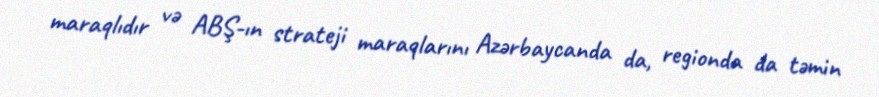
maraqlıdır və ABŞ-ın strateji maraqlarını Azərbaycanda da, regionda da təmin